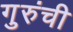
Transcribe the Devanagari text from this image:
गुरुंची